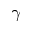
\gamma